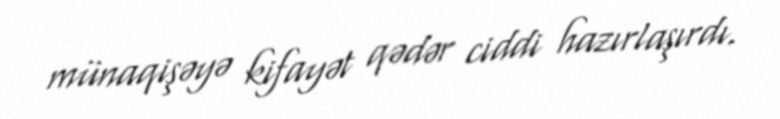
münaqişəyə kifayət qədər ciddi hazırlaşırdı.